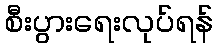
စီးပွားရေးလုပ်ရန်